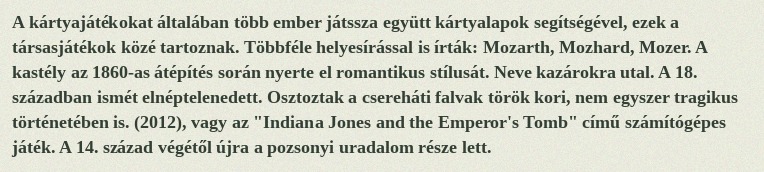
A kártyajátékokat általában több ember játssza együtt kártyalapok segítségével, ezek a társasjátékok közé tartoznak. Többféle helyesírással is írták: Mozarth, Mozhard, Mozer. A kastély az 1860-as átépítés során nyerte el romantikus stílusát. Neve kazárokra utal. A 18. században ismét elnéptelenedett. Osztoztak a csereháti falvak török kori, nem egyszer tragikus történetében is. (2012), vagy az "Indiana Jones and the Emperor's Tomb" című számítógépes játék. A 14. század végétől újra a pozsonyi uradalom része lett.